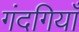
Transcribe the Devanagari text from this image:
गंदगियाँ